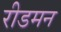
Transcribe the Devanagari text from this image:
रीडमन